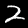
Digit: 2